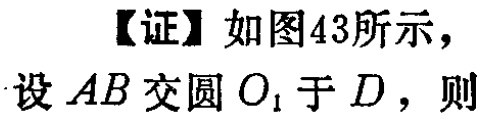
【证】如图43所示，
设 \(AB\) 交圆 \(O_{1}\) 于 \(D\)，则